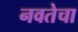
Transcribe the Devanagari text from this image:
नवतेचा